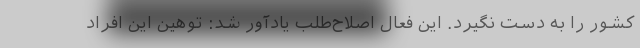
کشور را به دست نگیرد. این فعال اصلاح‌طلب یادآور شد: توهین این افراد